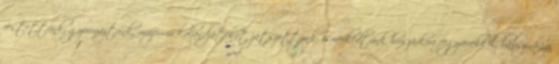
festettünk, gyurmáztunk, múzeumi kalandjátékot játszottunk, ismerkedtünk huszárkori fegyverekkel, bábszínházi